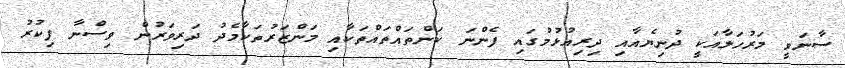
ސާނަވީ މަރުހަލާއަކީ ދުނިޔެއާއި ދިރިއުޅުމުގައި ފެންނަ ކަންތައްތައްތަކާއި މަންޒަރުތަކާމެދު ދަރިވަރުން ވިސްނާ ފިކުރު